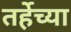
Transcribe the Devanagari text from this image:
तर्हेच्या